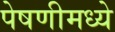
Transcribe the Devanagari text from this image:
पेषणीमध्ये